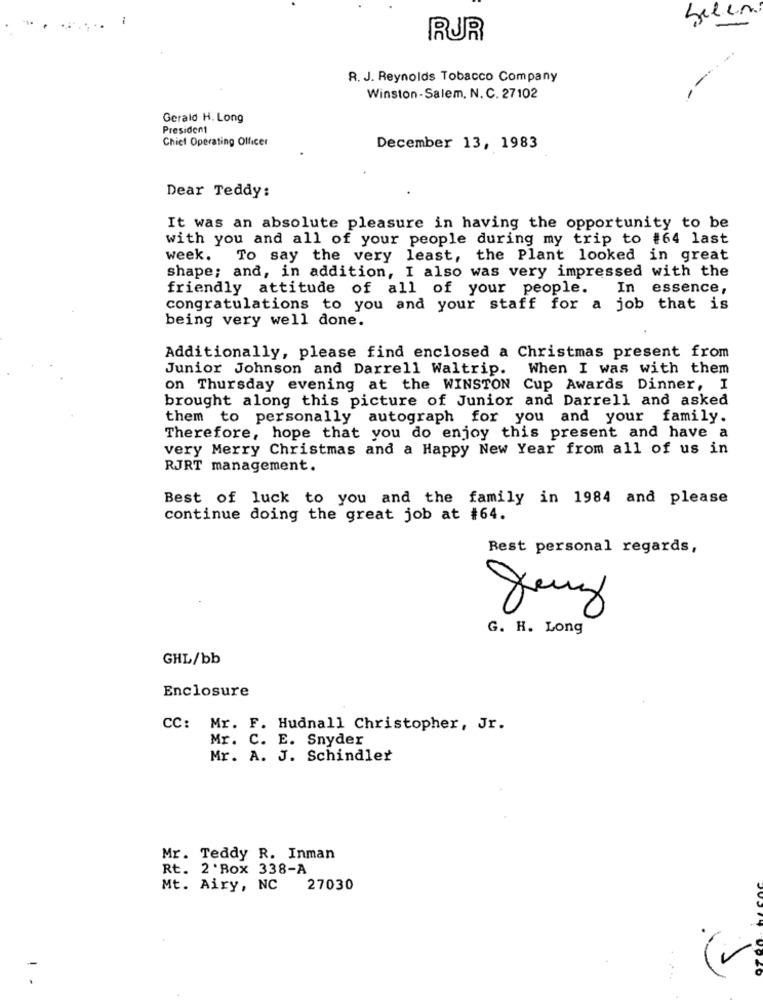
RUR
R. J. Reynolds Tobacco Company
-----
Winston-Salem, N. C. 27102
Gerald H. Long
President
Chief Operating Officer
December 13, 1983
Dear Teddy:
It was an absolute pleasure in having the opportunity to be
with you and all of your people during my trip to #64 last
week. To say the very least, the Plant looked in great
shape; and, in addition, I also was very impressed with the
friendly attitude of all of your people.
In essence,
congratulations to you and your staff for a job that is
being very well done.
Additionally, please find enclosed a Christmas present from
Junior Johnson and Darrell Waltrip. When I was with them
on Thursday evening at the WINSTON Cup Awards Dinner, I
brought along this picture of Junior and Darrell and asked
them to personally autograph for you and your family.
Therefore, hope that you do enjoy this present and have a
very Merry Christmas and a Happy New Year from all of us in
RJRT management.
Best of luck to you and the family in 1984 and please
continue doing the great job at #64.
Best personal regards,
X
G. H. Long
GHL/bb
Enclosure
CC: Mr. F. Hudnall Christopher, Jr.
Mr. C. E. Snyder
Mr. A. J. Schindler
Mr. Teddy R. Inman
Rt. 2 'Box 338-A
Mt. Airy, NC
27030